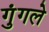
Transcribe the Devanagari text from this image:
गुंगले